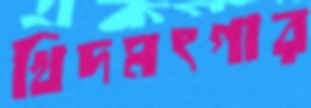
খিদমৎগার